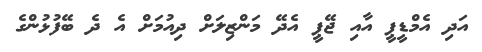
އަދި އެމްޑީޕީ އާއި ޖޭޕީ އެދޭ މަންޒިލަށް ދިއުމަށް އެ ދެ ބޭފުޅުންގެ